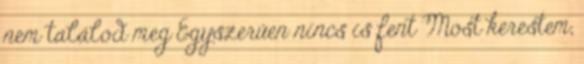
nem találod meg Egyszerűen nincs is fent Most kerestem,